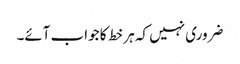
ضروری نہیں کہ ہر خط کا جواب آئے۔